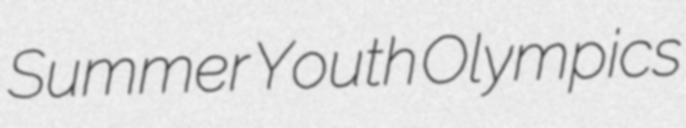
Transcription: Summer Youth Olympics